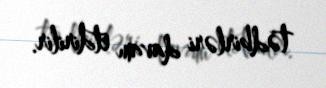
tədbirləri davam etdirilir.